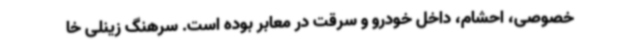
خصوصی، احشام، داخل خودرو و سرقت در معابر بوده است. سرهنگ زینلی خا